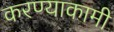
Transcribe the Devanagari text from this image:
करण्याकामी